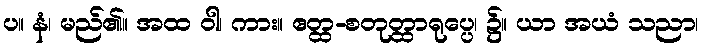
ပ။ နံ၊ မည်၏။ အထ ဝါ၊ ကား။ ဧတ္ထ-စတုတ္ထာရုပ္ပေ၊ ၌။ ယာ အယံ သညာ၊